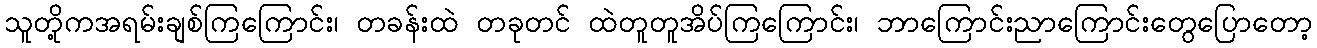
သူတို့ကအရမ်းချစ်ကြကြောင်း၊ တခန်းထဲ တခုတင် ထဲတူတူအိပ်ကြကြောင်း၊ ဘာကြောင်းညာကြောင်းတွေပြောတော့